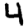
Digit: 4